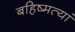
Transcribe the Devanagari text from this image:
बहिष्मत्यां